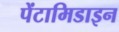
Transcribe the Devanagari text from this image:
पेंटामिडाइन